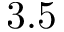
3 . 5